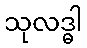
သုလဒ္ဓါ